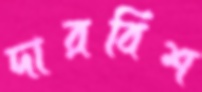
দারবিশ